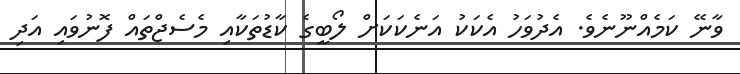
ވާނޭ ކަމެއްނޫނެވެ. އެދުވަހު އެކަކު އަނެކަކަށް ލޯބީގެ ކާޑުތަކާއި މެސެޖްތައް ފޮނުވައި އަދި